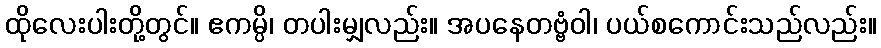
ထိုလေးပါးတို့တွင်။ ဧကမ္ပိ၊ တပါးမျှလည်း။ အပနေတဗ္ဗံဝါ၊ ပယ်စကောင်းသည်လည်း။